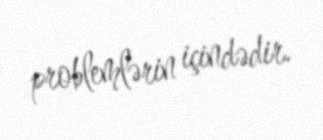
problemlərin içindədir.